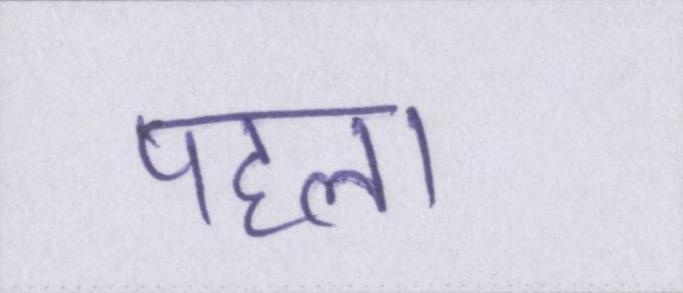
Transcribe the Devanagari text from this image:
पहला